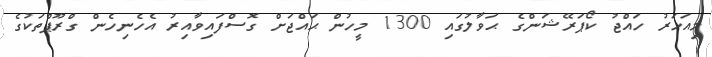
މިއަހަރު ހައްޖު ކޯޕަރޭޝަންގެ ޙަވާލުގައި 1300 މީހުން ޙައްޖަށް ގޮސްފައިވާއިރު އެހެނިހެން ގްރޫޕްތަކުގެ